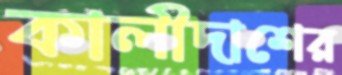
কালীদাশের